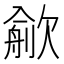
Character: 𣤏